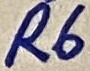
Text: R6